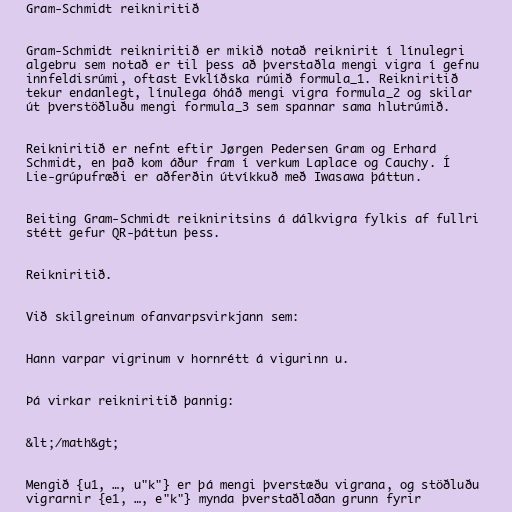
Gram-Schmidt reikniritið

Gram-Schmidt reikniritið er mikið notað reiknirit í línulegri
algebru sem notað er til þess að þverstaðla mengi vigra í gefnu
innfeldisrúmi, oftast Evklíðska rúmið formula_1. Reikniritið
tekur endanlegt, línulega óháð mengi vigra formula_2 og skilar
út þverstöðluðu mengi formula_3 sem spannar sama hlutrúmið.

Reikniritið er nefnt eftir Jørgen Pedersen Gram og Erhard
Schmidt, en það kom áður fram í verkum Laplace og Cauchy. Í
Lie-grúpufræði er aðferðin útvíkkuð með Iwasawa þáttun.

Beiting Gram-Schmidt reikniritsins á dálkvigra fylkis af fullri
stétt gefur QR-þáttun þess.

Reikniritið.

Við skilgreinum ofanvarpsvirkjann sem:

Hann varpar vigrinum v hornrétt á vigurinn u.

Þá virkar reikniritið þannig:

&lt;/math&gt;

Mengið {u1, …, u"k"} er þá mengi þverstæðu vigrana, og stöðluðu
vigrarnir {e1, …, e"k"} mynda þverstaðlaðan grunn fyrir